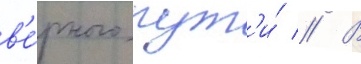
в'е́рного пут'и́ // В